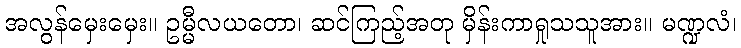
အလွန်မှေးမှေး။ ဥမ္မီလယတော၊ ဆင်ကြည့်အတု မှိန်းကာရှုသသူအား။ မဏ္ဍလံ၊